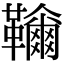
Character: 𩍲